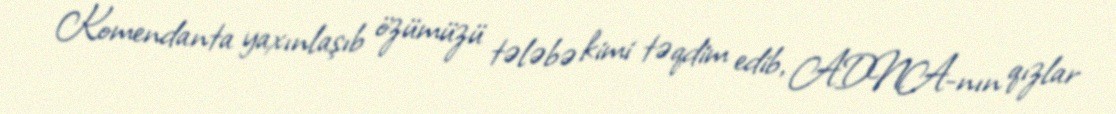
Komendanta yaxınlaşıb özümüzü tələbə kimi təqdim edib, ADNA-nın qızlar